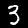
Digit: 3